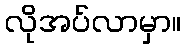
လိုအပ်လာမှာ။